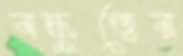
বন্ধুত্বের